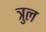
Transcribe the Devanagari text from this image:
त्रुल